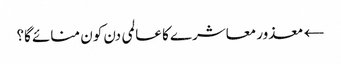
← معذور معاشرے کا عالمی دن کون منائے گا؟